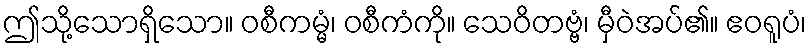
ဤသို့သောရှိသော။ ဝစီကမ္မံ၊ ဝစီကံကို။ သေဝိတဗ္ဗံ၊ မှီဝဲအပ်၏။ ဧဝရူပံ၊